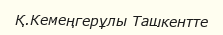
Қ.Кемеңгерұлы Ташкентте